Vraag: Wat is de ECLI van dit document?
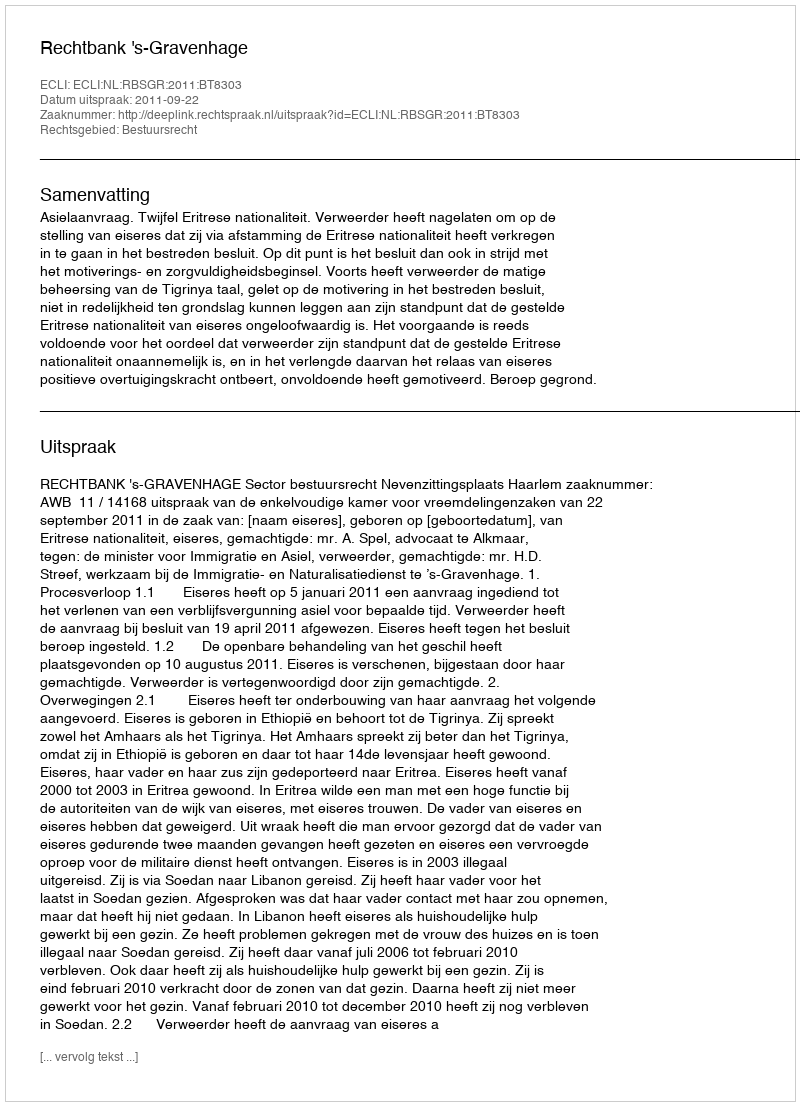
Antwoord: ECLI:NL:RBSGR:2011:BT8303